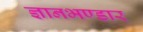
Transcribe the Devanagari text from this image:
ज्ञानभण्डार